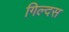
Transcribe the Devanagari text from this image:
गिल्दस